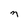
Character: n